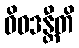
ဝိဝဒန္တီတိ